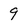
Character: 9